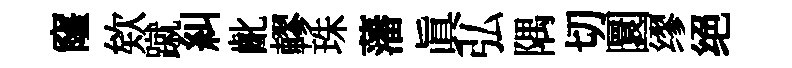
窿欸蹴糾齔轇珠藩真弘隅切圜缪绝